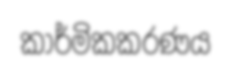
කාර්මිකකරණය